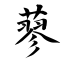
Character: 蓼